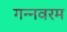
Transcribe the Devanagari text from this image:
गन्‍नवरम